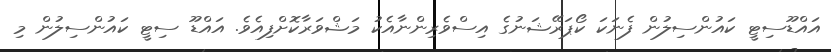
އައްޑޫސިޓީ ކައުންސިލުން ފެނަކަ ކޯޕަރޭޝަނުގެ އިސްވެރިންނާއެކު މަޝްވަރާކޮށްފިއެވެ. އައްޑޫ ސިޓީ ކައުންސިލުން މި